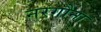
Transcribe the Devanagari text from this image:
नरगौना